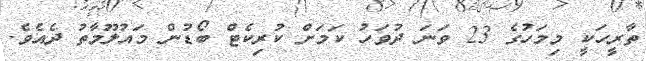
ތާރީހަކީ މިމަހުގެ 23 ވަނަ ދުވަހު ކަމަށް ކުރިކެޓް ބޯޑުން މައުލޫމާތު ދެއެވެ.